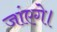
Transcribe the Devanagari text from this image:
जांएगे।